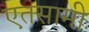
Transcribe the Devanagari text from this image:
एतसामी